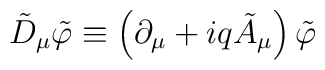
\tilde{D}_\mu \tilde{\varphi}\equiv \left( \partial _\mu +iq\tilde{A}_\mu\right) \tilde{\varphi}